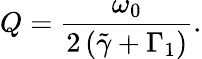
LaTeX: Q=\frac{\omega_{0}}{2\left(\tilde{\gamma}+\Gamma_{1}\right)}.